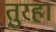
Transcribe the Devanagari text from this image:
तुरहा